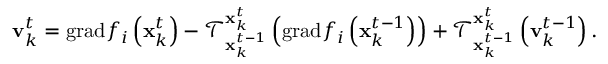
\mathbf { v } _ { k } ^ { t } = \mathrm { g r a d } f _ { i } \left( \mathbf { x } _ { k } ^ { t } \right) - \mathcal { T } _ { \mathbf { x } _ { k } ^ { t - 1 } } ^ { \mathbf { x } _ { k } ^ { t } } \left( \mathrm { g r a d } f _ { i } \left( \mathbf { x } _ { k } ^ { t - 1 } \right) \right) + \mathcal { T } _ { \mathbf { x } _ { k } ^ { t - 1 } } ^ { \mathbf { x } _ { k } ^ { t } } \left( \mathbf { v } _ { k } ^ { t - 1 } \right) .